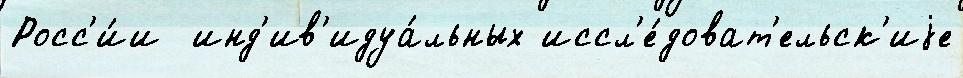
Росс'и́и  инд'ив'идуа́льных иссл'е́доват'ельск'иjе